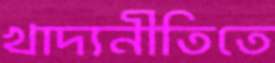
খাদ্যনীতিতে